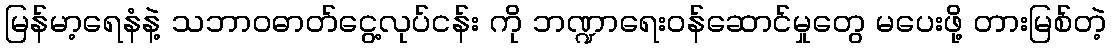
မြန်မာ့ရေနံနဲ့ သဘာဝဓာတ်ငွေ့လုပ်ငန်း ကို ဘဏ္ဍာရေးဝန်ဆောင်မှုတွေ မပေးဖို့ တားမြစ်တဲ့